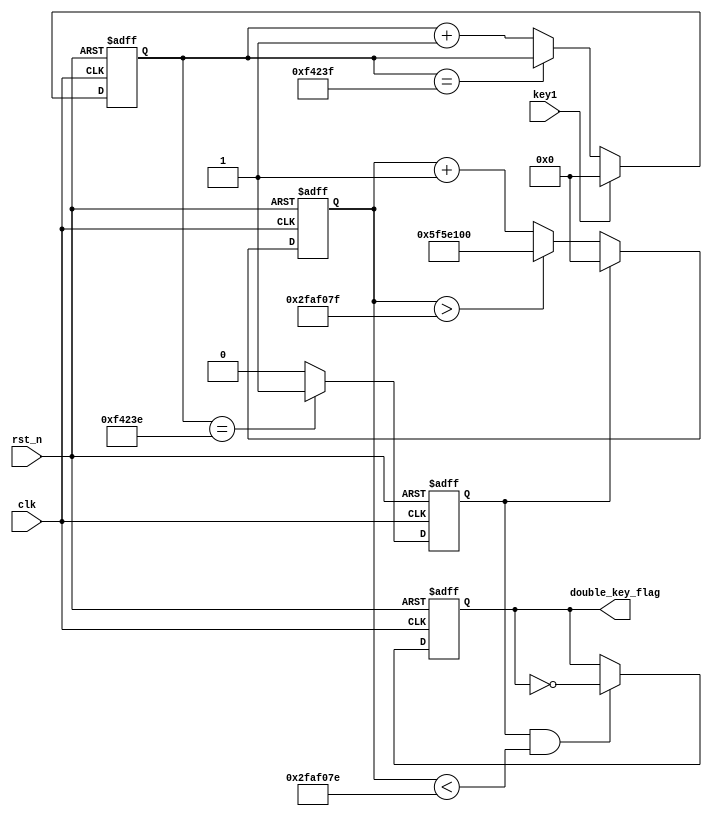
module key_double 
#(
    parameter CNT_MAX = 32'd999_999
)
(
    input wire clk,
    input wire rst_n,
    input wire key1,
    output reg double_key_flag
);

reg [31:0] cnt1;
reg key_flag;

always @ (posedge clk or negedge rst_n)
begin
    if(~rst_n)
        begin
            cnt1 <= 1'b0;
        end 
    else if(key1 == 1'b1)
        begin
            cnt1 <= 1'b0;
        end
    else if(cnt1 == CNT_MAX)    //old:cnt <= 32'd999_999
        begin
            cnt1 <= cnt1;
        end
    else
        begin
            cnt1 <= cnt1 + 1'b1;
        end
end

always @ (posedge clk or negedge rst_n)
begin
    if(~rst_n)
        begin
            key_flag <= 1'b0;
        end
    else if(cnt1 == CNT_MAX - 32'd1)
        begin
            key_flag <= 1'b1;
        end
    else
        begin
        key_flag <= 1'd0;
        end
end

reg [31:0] cnt2;


always @(posedge clk or negedge rst_n)
begin
    if(~rst_n)
        begin
            cnt2 <= 32'd100_000_000;
        end
    else if(key_flag == 1'd1)
        begin
            cnt2 <= 32'd0;
        end
    else if(cnt2 > 32'd49_999_999) 
        begin
            cnt2 <= 32'd100_000_000;
        end
    else
        begin
            cnt2 <= cnt2 + 32'd1;    
        end
end


always @ (posedge clk or negedge rst_n)
begin
    if(~rst_n)
        begin
            double_key_flag <= 1'b0;
        end
    else if(key_flag == 1'b1 && cnt2 < 32'd49_999_998)  //old:31'd24_999_998
        begin
            double_key_flag <= ~double_key_flag;
        end
    else
        begin
            double_key_flag <= double_key_flag;
        end
end
   
  
endmodule